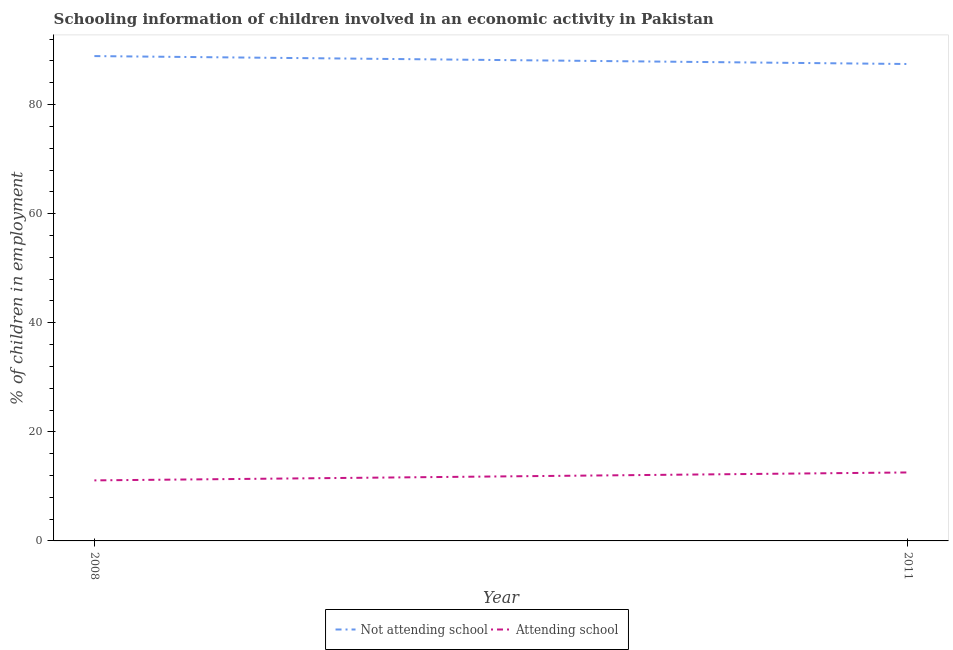
| Year | Not attending school | Attending school |
 | --- | --- | --- |
 | 2008 | 88.9 | 11.1 |
 | 2011 | 87.4 | 12.6 |